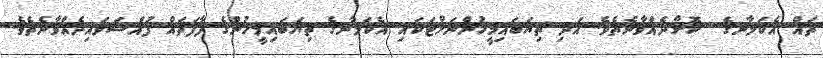
ތައް އެކަލާނގެ  ކޮށްދެއްވާނެތެވެ. އަދި ތިޔަބައިމީހުންނަށްޓަކައި އެކަލާނގެ ތިޔަބައިމީހުންގެ ފާފަަތައް ފުއްސަވައިދެއްވާނެތެވެ.